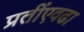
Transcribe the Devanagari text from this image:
प्रतींएवढा